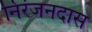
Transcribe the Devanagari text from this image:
निरंजनदास